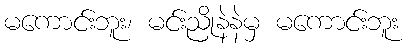
မကောင်းဘူး၊ မင်းညိုနဲနဲမှ မကောင်းဘူး